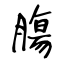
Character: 膓